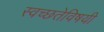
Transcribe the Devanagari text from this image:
स्वच्छतेविषयी